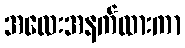
အလေးအနက်ထားကာ